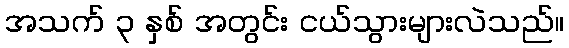
အသက် ၃ နှစ် အတွင်း ငယ်သွားများလဲသည်။